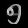
Digit: ၅